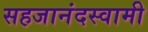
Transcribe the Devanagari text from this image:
सहजानंदस्वामी